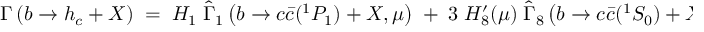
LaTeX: { \Gamma \left( b \rightarrow h _ { c } + X \right) \; = \; H _ { 1 } \; { \widehat \Gamma } _ { 1 } \left( b \rightarrow c { \bar { c } } ( ^ { 1 } P _ { 1 } ) + X , \mu \right) \; + \; 3 \; H _ { 8 } ^ { \prime } ( \mu ) \; { \widehat \Gamma } _ { 8 } \left( b \rightarrow c { \bar { c } } ( ^ { 1 } S _ { 0 } ) + X \right) \; , }